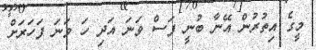
މީގެ އިތުރުން އޭނާ ބުނީ ފަސް ވަނަ އަދި ހަ ވަނަ ފަހަރަށް